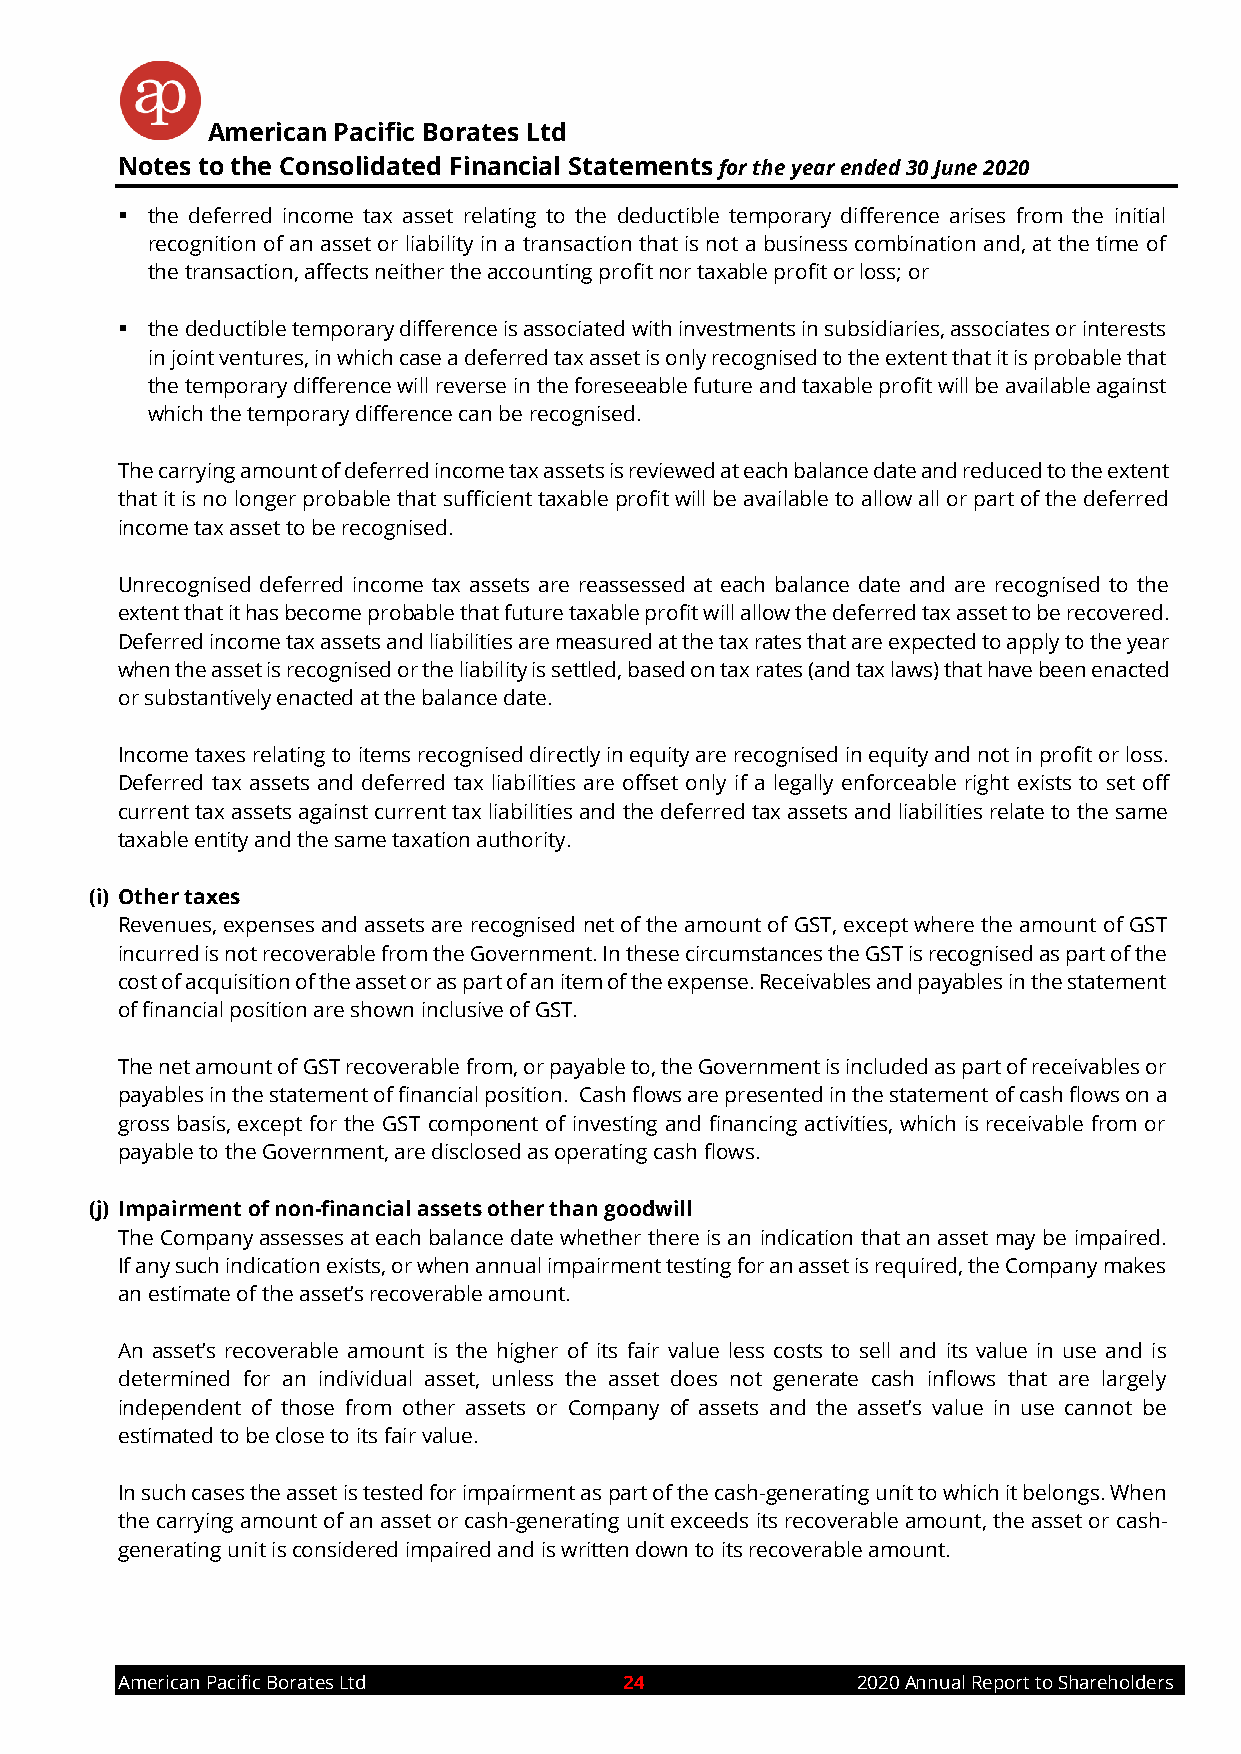
American Pacific Borates Ltd
 Notes to the Consolidated Financial Statements for the year ended 30 June 2020
 ▪ the deferred income tax asset relating to the deductible temporary difference arises from the initial
 recognition of an asset or liability in a transaction that is not a business combination and, at the time of
 the transaction, affects neither the accounting profit nor taxable profit or loss; or
 ▪ the deductible temporary difference is associated with investments in subsidiaries, associates or interests
 in joint ventures, in which case a deferred tax asset is only recognised to the extent that it is probable that
 the temporary difference will reverse in the foreseeable future and taxable profit will be available against
 which the temporary difference can be recognised.
 The carrying amount of deferred income tax assets is reviewed at each balance date and reduced to the extent
 that it is no longer probable that sufficient taxable profit will be available to allow all or part of the deferred
 income tax asset to be recognised.
 Unrecognised deferred income tax assets are reassessed at each balance date and are recognised to the
 extent that it has become probable that future taxable profit will allow the deferred tax asset to be recovered.
 Deferred income tax assets and liabilities are measured at the tax rates that are expected to apply to the year
 when the asset is recognised or the liability is settled, based on tax rates (and tax laws) that have been enacted
 or substantively enacted at the balance date.
 Income taxes relating to items recognised directly in equity are recognised in equity and not in profit or loss.
 Deferred tax assets and deferred tax liabilities are offset only if a legally enforceable right exists to set off
 current tax assets against current tax liabilities and the deferred tax assets and liabilities relate to the same
 taxable entity and the same taxation authority.
 (i) Other taxes
 Revenues, expenses and assets are recognised net of the amount of GST, except where the amount of GST
 incurred is not recoverable from the Government. In these circumstances the GST is recognised as part of the
 cost of acquisition of the asset or as part of an item of the expense. Receivables and payables in the statement
 of financial position are shown inclusive of GST.
 The net amount of GST recoverable from, or payable to, the Government is included as part of receivables or
 payables in the statement of financial position. Cash flows are presented in the statement of cash flows on a
 gross basis, except for the GST component of investing and financing activities, which is receivable from or
 payable to the Government, are disclosed as operating cash flows.
 (j) Impairment of non-financial assets other than goodwill
 The Company assesses at each balance date whether there is an indication that an asset may be impaired.
 If any such indication exists, or when annual impairment testing for an asset is required, the Company makes
 an estimate of the asset’s recoverable amount.
 An asset’s recoverable amount is the higher of its fair value less costs to sell and its value in use and is
 determined for an individual asset, unless the asset does not generate cash inflows that are largely
 independent of those from other assets or Company of assets and the asset’s value in use cannot be
 estimated to be close to its fair value.
 In such cases the asset is tested for impairment as part of the cash-generating unit to which it belongs. When
 the carrying amount of an asset or cash-generating unit exceeds its recoverable amount, the asset or cash-
 generating unit is considered impaired and is written down to its recoverable amount.
 American Pacific Borates Ltd     24              2020 Annual Report to Shareholders